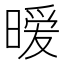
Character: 暧